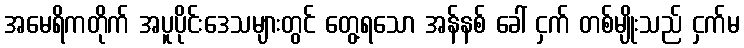
အမေရိကတိုက် အပူပိုင်းဒေသများတွင် တွေ့ရသော အန်နစ် ခေါ် ငှက် တစ်မျိုးသည် ငှက်မ